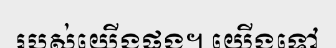
របស់យើងផង។ យើងទៅ